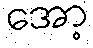
အော့